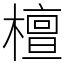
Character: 檀